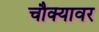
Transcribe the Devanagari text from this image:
चौक्यावर